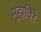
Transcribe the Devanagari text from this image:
मुहाविरे